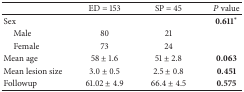
<table><thead><tr><td><b> </b></td><td><b>ED = 153</b></td><td><b>SP = 45</b></td><td><b><i>P</i> value</b></td></tr></thead><tbody><tr><td>Sex</td><td> </td><td> </td><td>0.611<sup>*</sup></td></tr><tr><td> Male</td><td>80</td><td>21</td><td> </td></tr><tr><td> Female</td><td>73</td><td>24</td><td> </td></tr><tr><td>Mean age</td><td>58 ± 1.6</td><td>51 ± 2.8</td><td><b>0.063</b></td></tr><tr><td>Mean lesion size</td><td>3.0 ± 0.5</td><td>2.5 ± 0.8</td><td><b>0.451</b></td></tr><tr><td>Followup</td><td>61.02 ± 4.9</td><td>66.4 ± 4.5</td><td><b>0.575</b></td></tr></tbody></table>